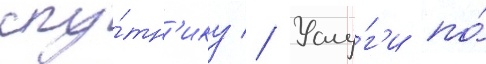
спу́тн'ику // Услу́г'и по́